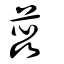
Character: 蕋